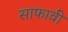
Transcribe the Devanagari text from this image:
साफावी